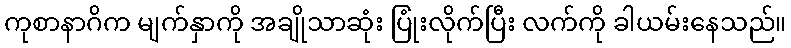
ကုစာနာဂိက မျက်နှာကို အချိုသာဆုံး ပြုံးလိုက်ပြီး လက်ကို ခါယမ်းနေသည်။